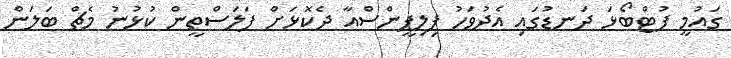
ގައުމީ ފުޓްބޯޅަ ދަނޑުގައި އެދުވަހު ފިލިޕީންސްއާ ދެކޮޅަށް ފަލަސްތީން ކުޅުނު މެޗް ބަލަން